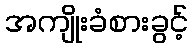
အကျိုးခံစားခွင့်